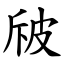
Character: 㿭